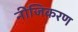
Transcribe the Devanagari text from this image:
नीजिकरण